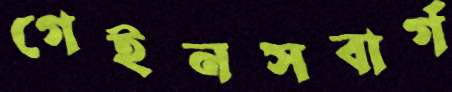
গেইনসবার্গ